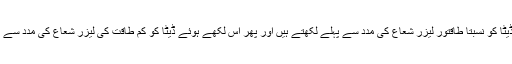
اس میں ہم ڈیٹا کو نسبتاً طاقتور لیزر شعاع کی مدد سے پہلے لکھتے ہیں اور پھر اس لکھے ہوئے ڈیٹا کو کم طاقت کی لیزر شعاع کی مدد سے پڑھتے ہیں۔